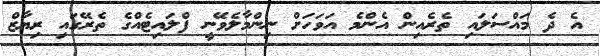
އެ ދެ މައްސަލައި ތެރެއިން އެންމެ އަވަހަށް ނިންމާލެވޭނީ ފްލައިޓެއްގެ ތެރޭގައި ރިޔާޒް